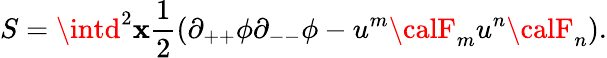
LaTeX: S=\intd^{2}\mathbf{x}{\frac{{1}}{{2}}}(\partial_{++}\phi\partial_{--}\phi-u^{m}{\calF}_{m}u^{n}{\calF}_{n}).